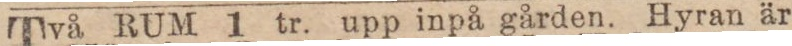
Två RUM 1 tr. upp inpå gården. Hyran är